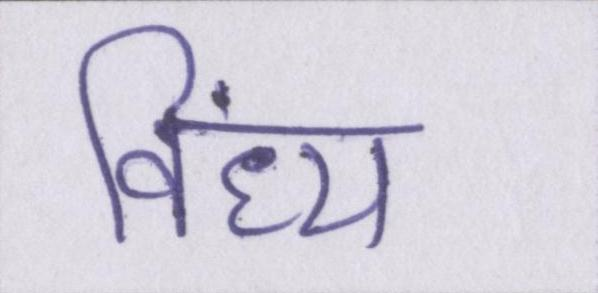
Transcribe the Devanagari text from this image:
विंध्य